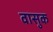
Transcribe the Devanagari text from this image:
वासुक